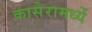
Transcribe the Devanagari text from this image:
कासेरामध्यें